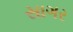
સાગર